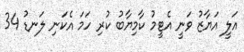
އަލީ އަޔާޒު ވަނީ އެޓީމު ކާމިޔާބު ކުރި ހަމަ އެކަނި ލަނޑު 34